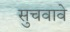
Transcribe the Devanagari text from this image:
सुचवावे